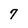
Character: 7